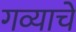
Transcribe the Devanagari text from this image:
गव्याचे